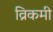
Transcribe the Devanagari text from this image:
व्रिकमी